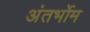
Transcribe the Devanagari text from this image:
अंतर्भोम